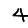
Digit: 4